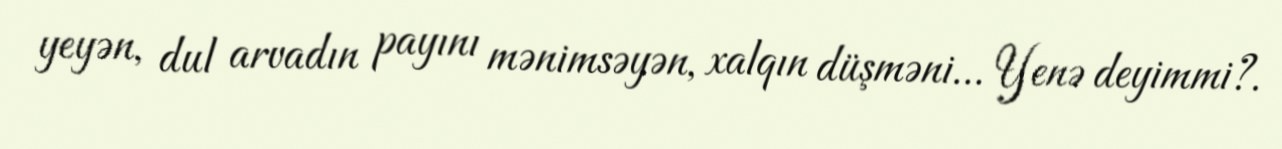
yeyən, dul arvadın payını mənimsəyən, xalqın düşməni... Yenə deyimmi?.